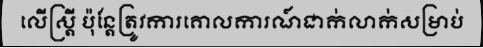
លើស្ត្រី ប៉ុន្តែត្រូវការគោលការណ៍ជាក់លាក់សម្រាប់